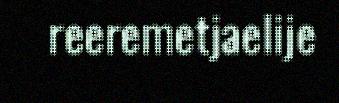
reeremetjaelije